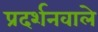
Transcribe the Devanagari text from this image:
प्रदर्शनवाले